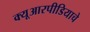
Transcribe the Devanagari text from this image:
क्यूआरपीडियाचे